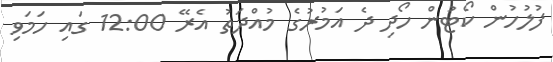
ފުލުހުން ކޯޓުން ހޯދި ދެ އަމުރުގެ މުއްދަތު އެރޭ 12:00 ގައި ހަމަވި